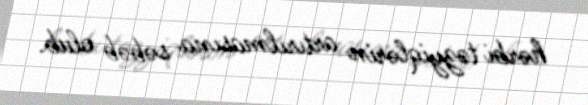
hərbi təzyiqlərin artırılmasına səbəb olub.